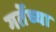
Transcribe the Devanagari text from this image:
गर्तेच्या